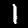
Digit: 1